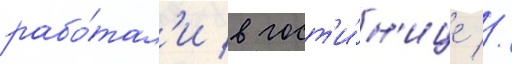
рабо́тал'и в гост'и́н'ице //